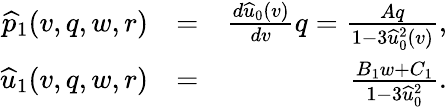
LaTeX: \begin{array}{rlr}{\widehat{p}_{1}(v,q,w,r)}&{=}&{\frac{d\widehat{u}_{0}(v)}{dv}q=\frac{Aq}{1-3\widehat{u}_{0}^{2}(v)},}\\ {\widehat{u}_{1}(v,q,w,r)}&{=}&{\frac{B_{1}w+C_{1}}{1-3\widehat{u}_{0}^{2}}.}\end{array}